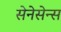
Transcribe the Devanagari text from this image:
सेनेसेन्स